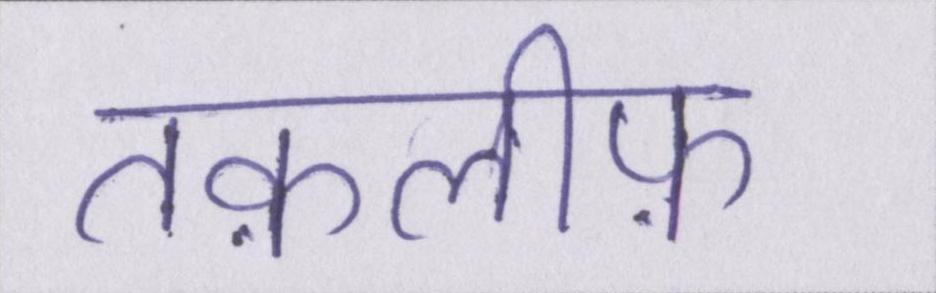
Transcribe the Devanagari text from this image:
तक़लीफ़